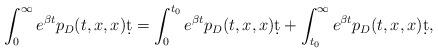
LaTeX: \begin{align*}\int_{0}^{\infty}e^{\beta t}&p_D(t,x,x) \d t= \int_{0}^{t_0}e^{\beta t}p_D(t,x,x) \d t + \int_{t_0}^{\infty}e^{\beta t}p_D(t,x,x) \d t,\end{align*}